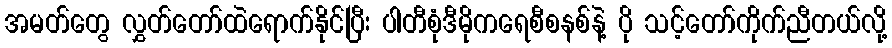
အမတ်တွေ လွှတ်တော်ထဲရောက်နိုင်ပြီး ပါတီစုံဒီမိုကရေစီစနစ်နဲ့ ပို သင့်တော်ကိုက်ညီတယ်လို့